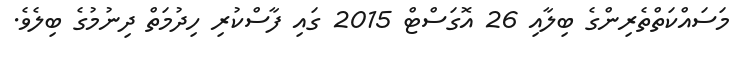
މަސައްކަތްތެރިންގެ ބިލާއި 26 އޮގަސްޓް 2015 ގައި ފާސްކުރި ހިދުމަތް ދިނުމުގެ ބިލެވެ.